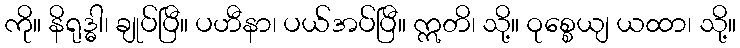
ကို။ နိရုဒ္ဓါ၊ ချုပ်ပြီ။ ပဟီနာ၊ ပယ်အပ်ပြီ။ ဣတိ၊ သို့။ ဝုစ္စေယျ ယထာ၊ သို့။